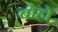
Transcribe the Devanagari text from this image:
बोहो